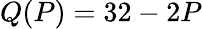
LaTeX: Q(P)=32-2P